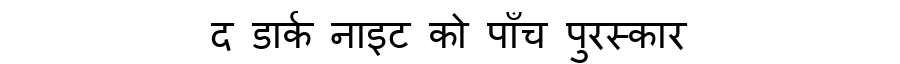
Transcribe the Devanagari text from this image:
द डार्क नाइट को पाँच पुरस्कार